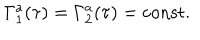
\Gamma _ { 1 } ^ { a } ( \tau ) = \Gamma _ { 2 } ^ { a } ( \tau ) = \mathrm { c o n s t } .